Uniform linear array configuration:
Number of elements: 64
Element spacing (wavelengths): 1
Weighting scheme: binomial
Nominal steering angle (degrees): -45
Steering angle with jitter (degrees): -46.783
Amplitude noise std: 0.05
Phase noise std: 0.05

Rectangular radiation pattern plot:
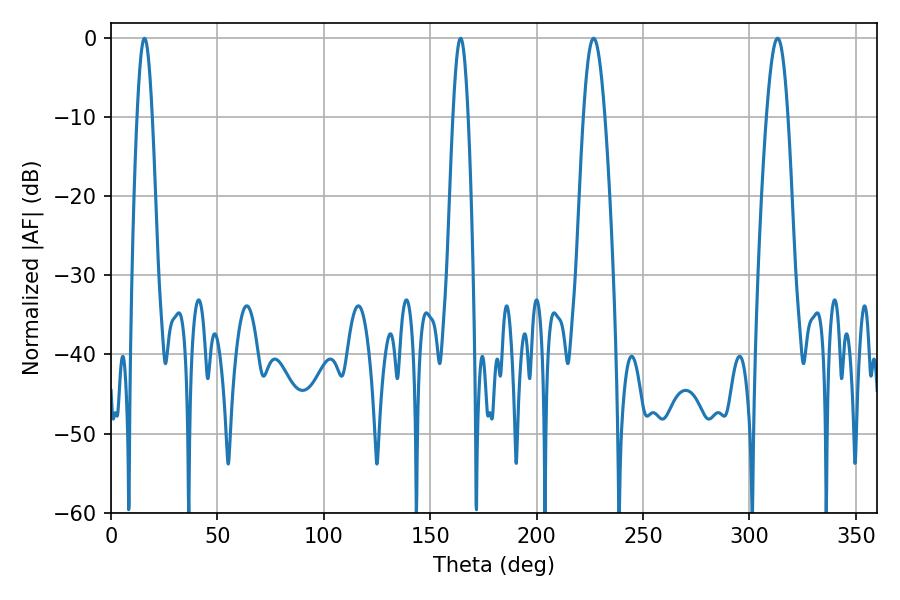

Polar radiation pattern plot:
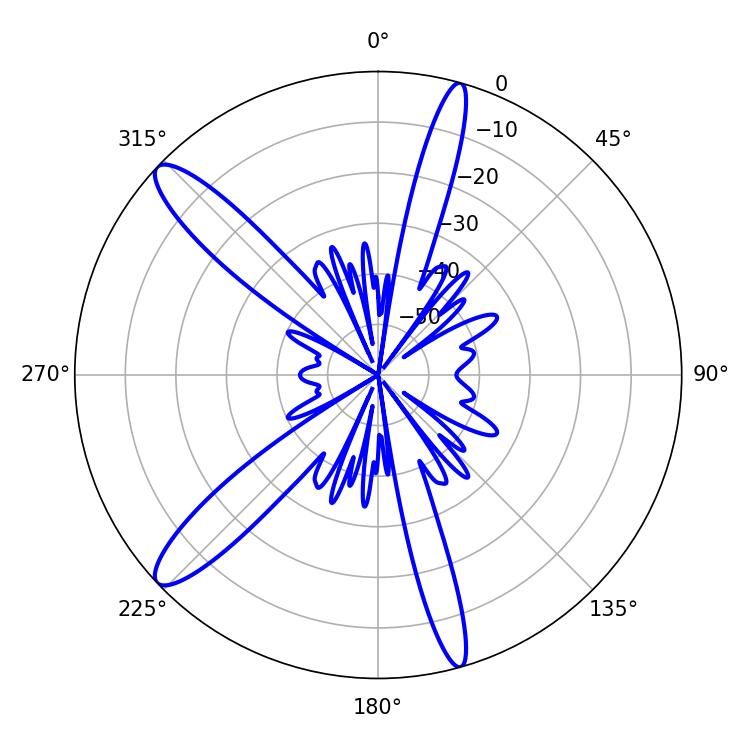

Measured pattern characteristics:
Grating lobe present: TRUE
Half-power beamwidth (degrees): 5.4
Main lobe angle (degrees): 226.8